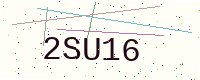
Text: 2SU16